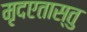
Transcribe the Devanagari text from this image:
मृदएतास्तु